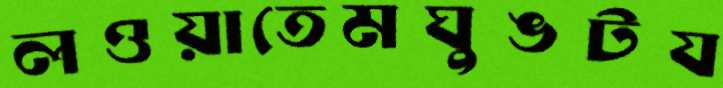
লওয়াতেমঘুঙটয